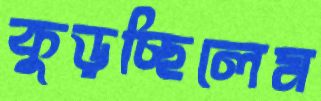
কুড়চ্ছিলেম